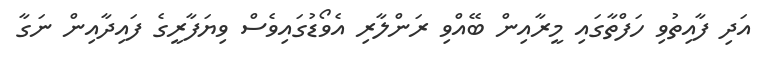
އަދި ފާއިތުވި ހަފްތާގައި މީރާއިން ބޭއްވި ރަންލާރި އެވޯޑުގައިވެސް ވިޔަފާރީގެ ފައިދާއިން ނަގާ